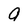
Character: a